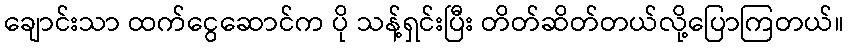
ချောင်းသာ ထက်ငွေဆောင်က ပို သန့်ရှင်းပြီး တိတ်ဆိတ်တယ်လို့ပြောကြတယ်။